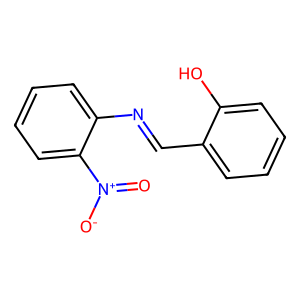
SMILES: O=[N+]([O-])c1ccccc1N=Cc1ccccc1O
Inhibits HIV replication: No